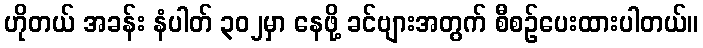
ဟိုတယ် အခန်း နံပါတ် ၃၀၂မှာ နေဖို့ ခင်ဗျားအတွက် စီစဉ်ပေးထားပါတယ်။